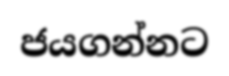
ජයගන්නට